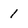
Character: 1